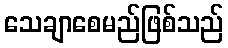
သေချာစေမည်ဖြစ်သည်